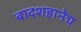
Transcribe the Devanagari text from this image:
बादशहानेच